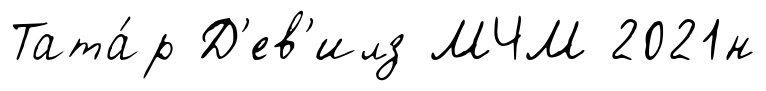
Тата́р Д'ев'илз МЧМ 2021н